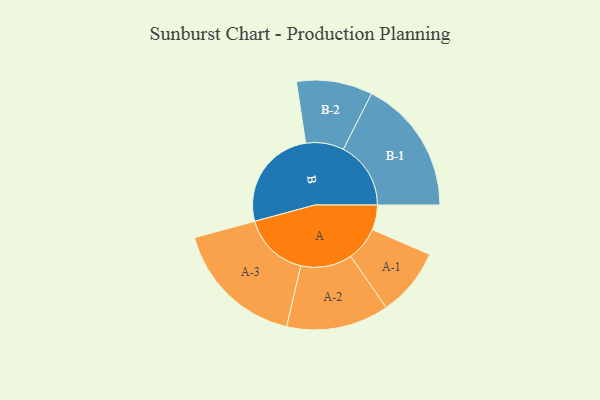
{"axis": {"x": "Segment", "y": "Value"}, "legend": ["", "A", "B"], "data": [{"x": "A", "y": 103, "type": ""}, {"x": "B", "y": 427, "type": ""}, {"x": "A-1", "y": 141, "type": "A"}, {"x": "A-2", "y": 212, "type": "A"}, {"x": "A-3", "y": 273, "type": "A"}, {"x": "B-1", "y": 279, "type": "B"}, {"x": "B-2", "y": 157, "type": "B"}]}